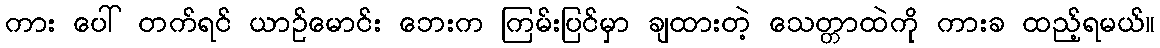
ကား ပေါ် တက်ရင် ယာဉ်မောင်း ဘေးက ကြမ်းပြင်မှာ ချထားတဲ့ သေတ္တာထဲကို ကားခ ထည့်ရမယ်။